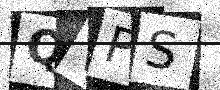
Text: QVPS